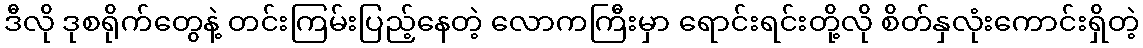
ဒီလို ဒုစရိုက်တွေနဲ့ တင်းကြမ်းပြည့်နေတဲ့ လောကကြီးမှာ ရောင်းရင်းတို့လို စိတ်နှလုံးကောင်းရှိတဲ့